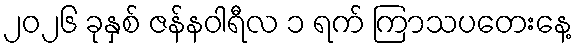
၂၀၂၆ ခုနှစ် ဇန်နဝါရီလ ၁ ရက် ကြာသပတေးနေ့